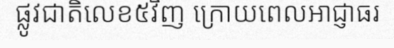
ផ្លូវជាតិលេខ៥វិញ ក្រោយពេលអាជ្ញាធរ